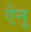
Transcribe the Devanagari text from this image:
ऐनू